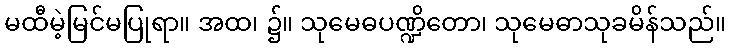
မထီမဲ့မြင်မပြုရာ။ အထ၊ ၌။ သုမေဓပဏ္ဍိတော၊ သုမေဓာသုခမိန်သည်။